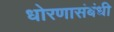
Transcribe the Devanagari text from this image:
धोरणासंबंधी